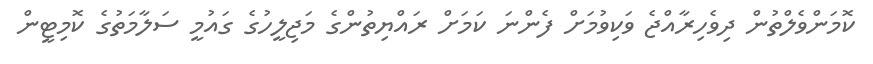
ކޮމަންވެލްތުން ދިވެހިރާއްޖެ ވަކިވުމަށް ފެންނަ ކަމަށް ރައްޔިތުންގެ މަޖިލީހުގެ ގައުމީ ސަލާމަތުގެ ކޮމިޓީން